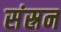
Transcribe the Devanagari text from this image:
संस्रन